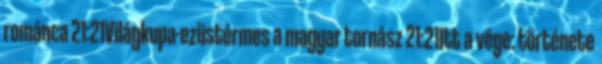
románca 21:21Világkupa-ezüstérmes a magyar tornász 21:21Itt a vége: története